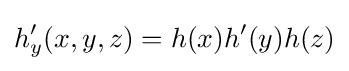
h_{y}'(x,y,z)=h(x)h'(y)h(z)